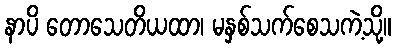
နာပိ တောသေတိယထာ၊ မနှစ်သက်စေသကဲ့သို့။